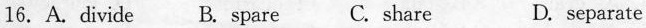
16, A. divide B. spare C. share D. separate